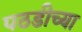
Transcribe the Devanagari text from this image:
पठडीच्या